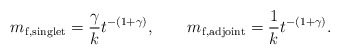
\begin{align*}m_{\rm f, singlet} = \frac{\gamma}{k} t^{-(1+\gamma)}, \qquad m_{\rm f, adjoint} = \frac{1}{k} t^{-(1+\gamma)}.\end{align*}